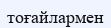
тоғайлармен